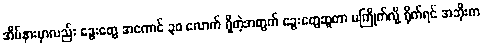
အိမ်နားမှာလည်း ခွေးတွေ အကောင် ၃၀ လောက် ရှိတဲ့အတွက် ခွေးတွေဆူတာ မကြိုက်လို့ ရိုက်ရင် အဘိုးက